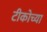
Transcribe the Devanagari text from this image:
टीकोच्या